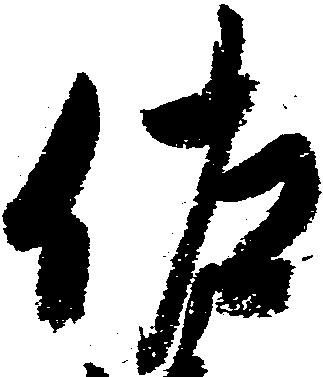
佐